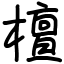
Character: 檀